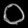
Digit: ၀